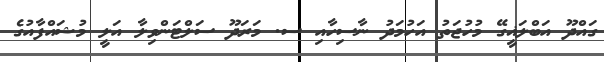
ގައްދޫ އަބްލަޣީގޭ މުހުޖަތު އަހުމަދު ނާސިހާއި ސ. މަރަދޫ ސަލްޓަންވިލާ އަލީ މުޝައްފާއުގެ